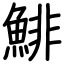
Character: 鯡